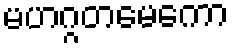
မဟဂ္ဂတမေကော